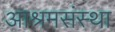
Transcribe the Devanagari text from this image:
आश्रमसंस्था